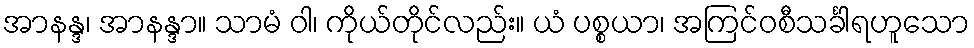
အာနန္ဒ၊ အာနန္ဒာ။ သာမံ ဝါ၊ ကိုယ်တိုင်လည်း။ ယံ ပစ္စယာ၊ အကြင်ဝစီသင်္ခါရဟူသော